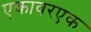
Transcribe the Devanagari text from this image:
एकावरएक